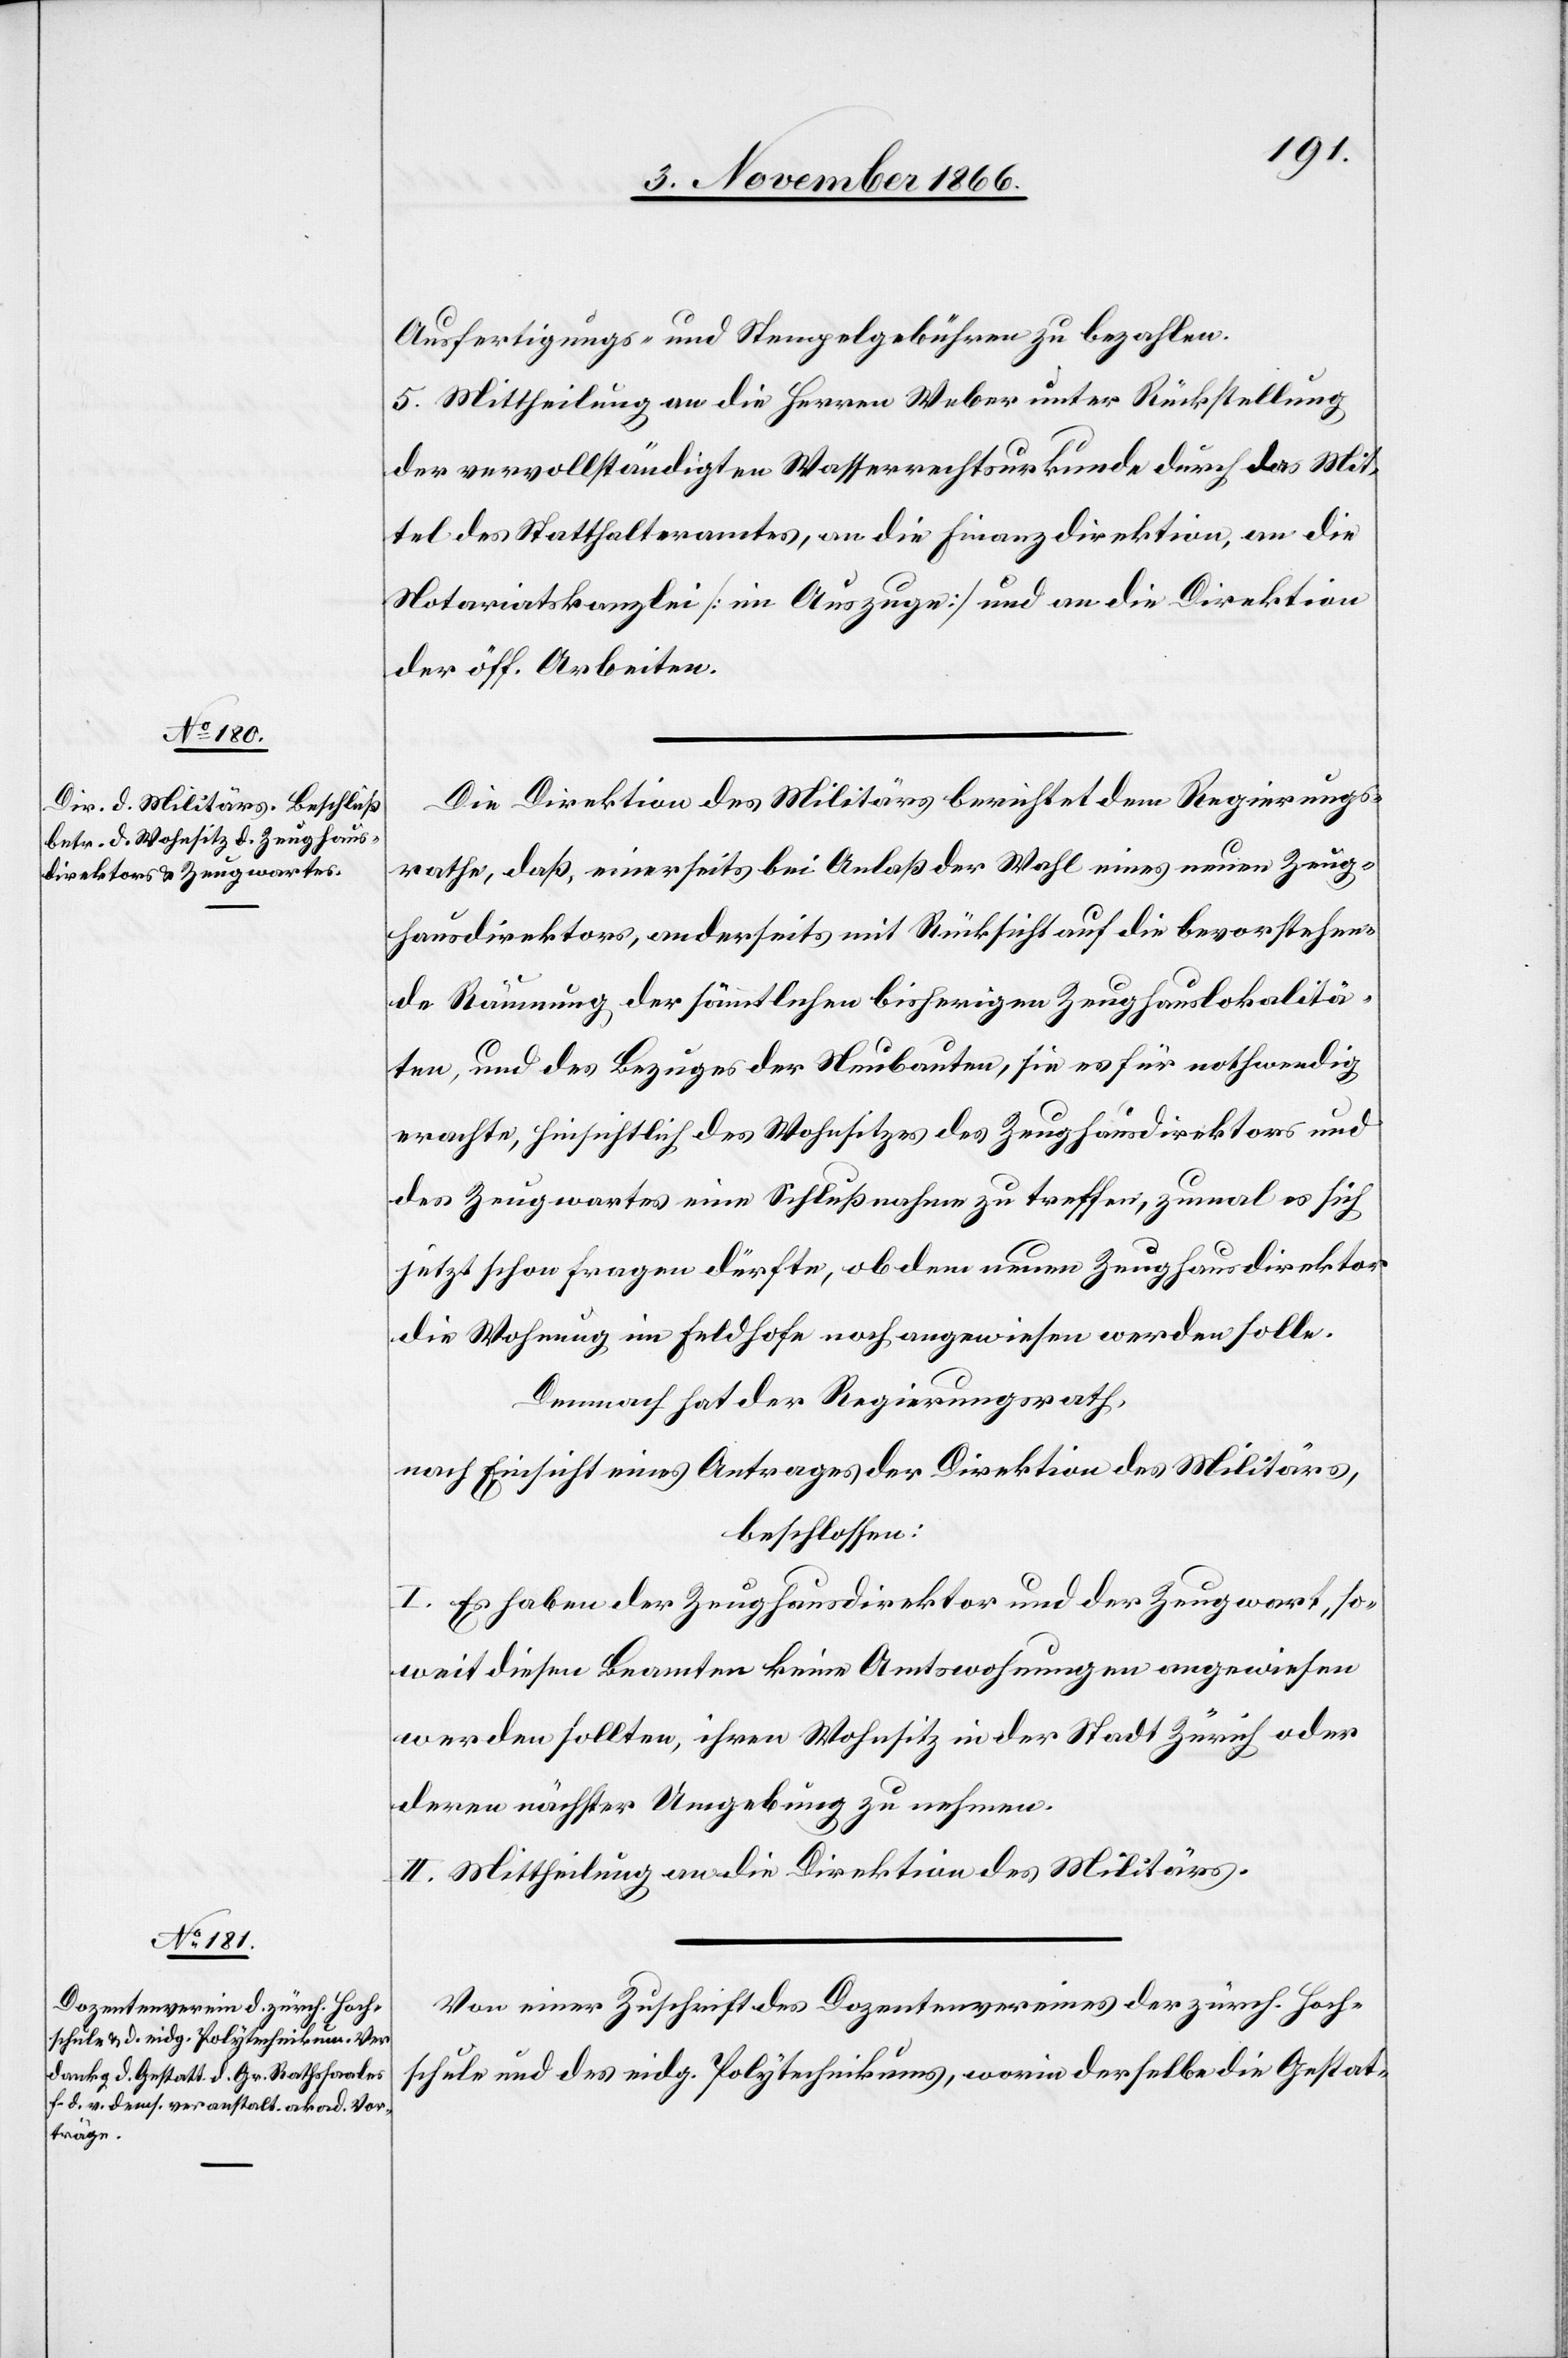
Ausfertigungs- und Stempelgebühren zu bezahlen.
5. Mittheilung an die Herren Weber unter Rückstellung
der vervollständigten Wasserrechtsurkunde durch das Mit¬
tel des Statthalteramtes, an die Finanzdirektion, an die
Notariatskanzlei [im Auszuge] und an die Direktion
der öff. Arbeiten.
Die Direktion des Militärs berichtet dem Regierungs¬
rathe, daß, einerseits bei Anlaß der Wahl eines neuen Zeug¬
hausdirektors, anderseits mit Rücksicht auf die bevorstehen¬
de Räumung der sämmtlichen bisherigen Zeughauslokalitä¬
ten, und des Bezuges der Neubauten, sie es für nothwendig
erachte, hinsichtlich des Wohnsitzes des Zeughausdirektors und
des Zeugwartes eine Schlußnahme zu treffen, zumal es sich
jetzt schon fragen dürfte, ob dem neuen Zeughausdirektor
die Wohnung im Feldhofe noch angewiesen werden solle.
Demnach hat der Regierungsrath,
nach Einsicht eines Antrages der Direktion des Militärs,
beschlossen:
I. Es haben der Zeughausdirektor und der Zeugwart, so¬
weit diesen Beamten keine Amtswohnungen angewiesen
werden sollten, ihren Wohnsitz in der Stadt Zürich oder
deren nächster Umgebung zu nehmen.
II. Mittheilung an die Direktion des Militärs.
Von einer Zuschrift des Dozentenvereines der zürch. Hoch¬
schule und des eidg. Polytechnikums, worin derselbe die Gestat-